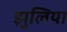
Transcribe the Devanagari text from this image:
झुलिया